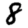
Digit: 8